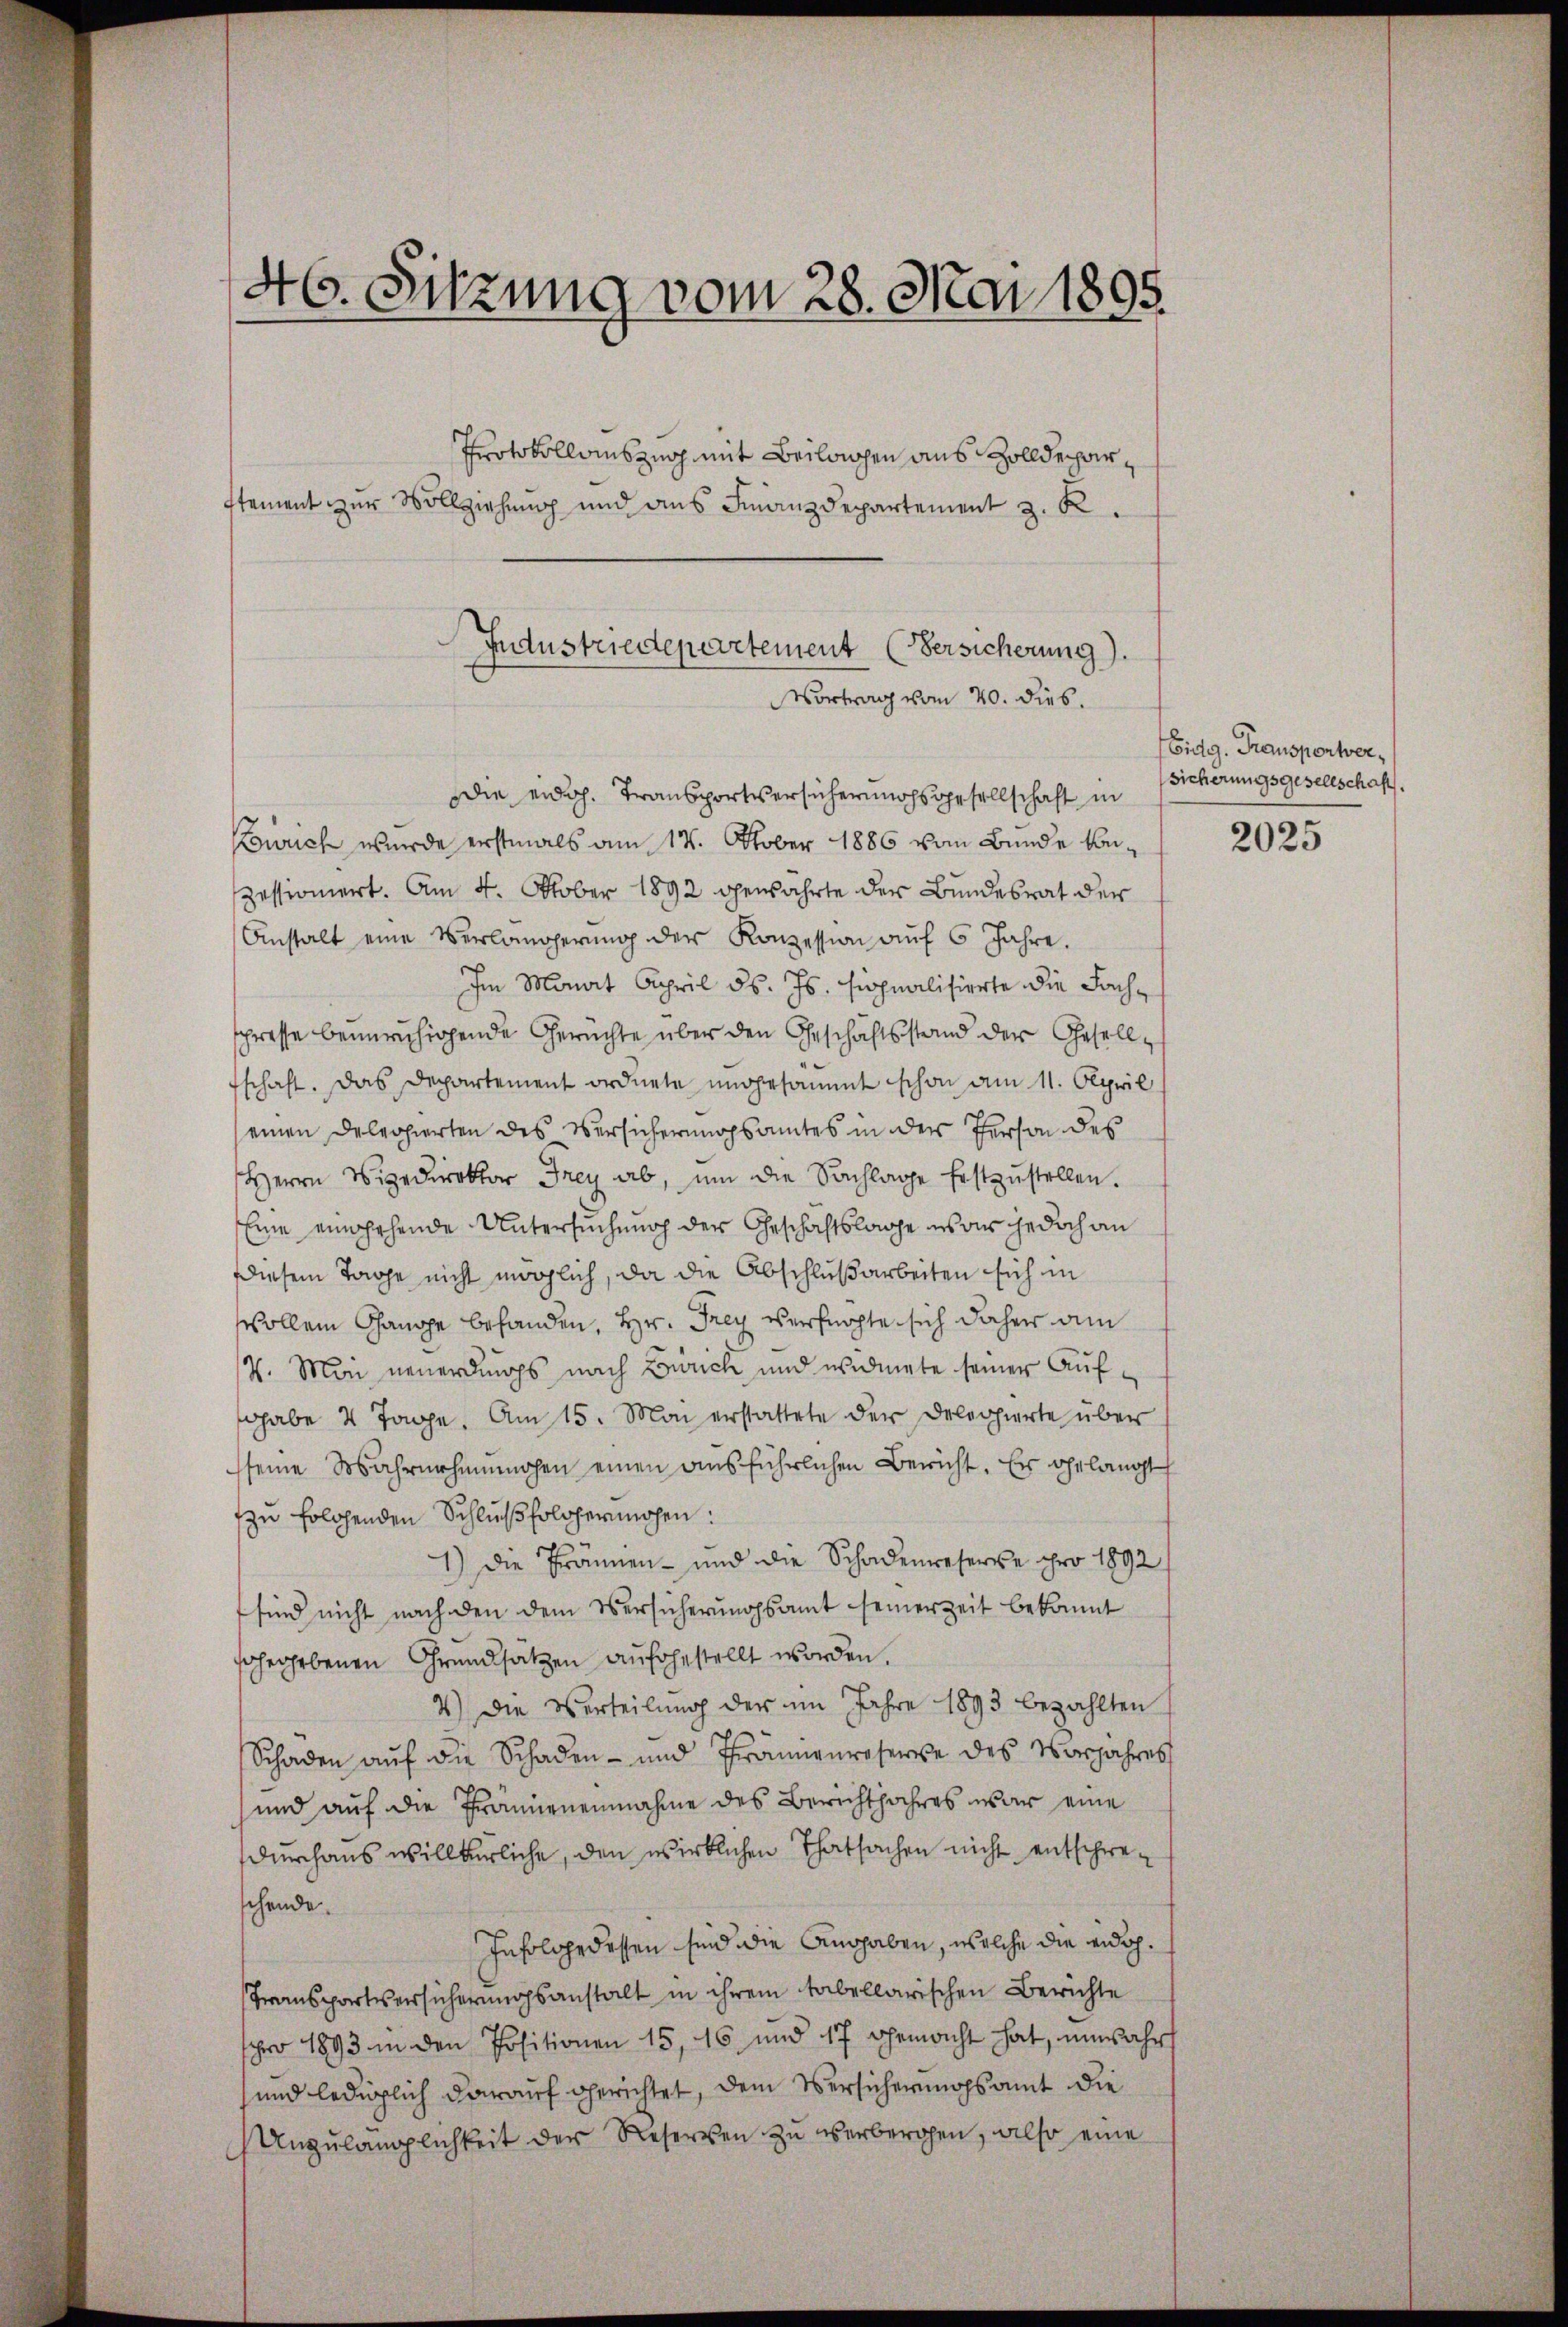
46. Sitzung vom 28. Mai 1895.

stement zur Vollziehung und aus Finanzdepartement z. B.

Industriedepartement (Versicherung).
Vortrag vom 20. dies.

Protokollauszug mit Beilagen aus Zolldepardie eidg. Transportversicherungsgesellschaft in
Konrich wurde erstmals am 17. Oktober 1886 vom Bunde konzessioniert. Am 4. Oktober 1892 gewahrte der Bundesrat der
Anstalt eine Verlängerŭng der Konzession aŭf 6 Jahre.
Im Monat April d. Js. signalisierte die Fachspresse beunruhigende Gerichte über den Geschäftsstand der Gesellschaft. Das Departement ordnete ungesammt schon am 11. April
einen Delegierten des Versicherungsamtes in der Person des
Herrn Wiedirektor Frey ab, um die Sachlage festzŭstellen.
Eine eingehende Untersuchung der Geschäftslage war jedoch an
diesem Tage nicht möglich, da die Abschlußarbeiten sich in
vollen Gauppe behanden, Hr. Frey verfügte sich daher am
7. Mai neuerdings nach Zürich und widmete seiner Aufgabe 4 Tage. Am 15. Mai erstattete der Delegierte über
sseine Wahrnehmungen einen ausführlichen Bericht. Er ohelangt
zu folgenden Schluß solcherchen:
1.) Die Fränen- und die Schadenweserve pro 1892/
sind nicht nach den dem Versicherungsamt seiner Zeit bekannt
fahrgebenen Grundsatzen aufgestellt worden.
4.) Die Verteilung der im Jahre 1893 bezahlten
Schaden aŭf die Schaden- und Tränenreserve des Vorjahres
und auf die Frännenennahme des Berichtjahres war eine
durchaus willkürliche, den wirklichen Thatsachen nicht entschweschende
Infolge dessen sind die Angaben, welche die eidg.
Transportversicherungsanstalt in ihrem tabellarischen Berichte
pro 1893 in den Positionen 15, 46 und 17 gemacht hat, unwahr
und lediglich darauf gerichtet, dem Versicherungsamt die
Unzulänglichkeit der Reserven zu verbergen, also eine

Eidg. Transportversicherungsgesellschaft

2025